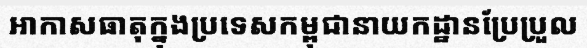
អាកាសធាតុក្នុងប្រទេសកម្ពុជានាយកដ្ឋានប្រែប្រួល